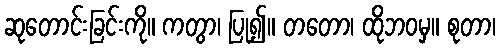
ဆုတောင်းခြင်းကို။ ကတွာ၊ ပြု၍။ တတော၊ ထိုဘဝမှ။ စုတာ၊